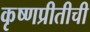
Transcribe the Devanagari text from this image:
कृष्णप्रीतीची